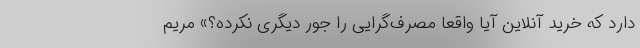
دارد که خرید آنلاین آیا واقعاً مصرف‌گرایی را جور دیگری نکرده؟» مریم